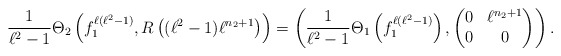
\begin{align*}\frac{1}{\ell^2-1} \Theta_2 \left(f_1^{\ell(\ell^2-1)}, R\left( (\ell^2-1)\ell^{n_2+1} \right) \right) = \left( \frac{1}{\ell^2-1} \Theta_1\left(f_1^{\ell(\ell^2-1)} \right), \left( \begin{matrix} 0 & \ell^{n_2+1} \\ 0 & 0 \end{matrix} \right) \right).\end{align*}